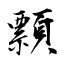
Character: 顠